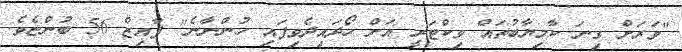
"ވަރަށް ގިނަ ކާމިޔާބުތައް ވިކްޓަރީ އަށް ހޯދައިދެވިފައި ހުންނާނެ" ފާއިޒް 56 ބުންޏެވެ.